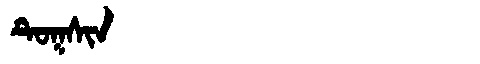
Manchu: ᡨᡠᡴᠰᡳᠨ
Romanization: TUKSIN